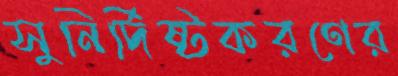
সুনির্দিষ্টকরণের